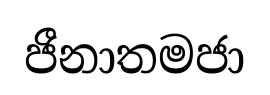
ජීනාතමජා